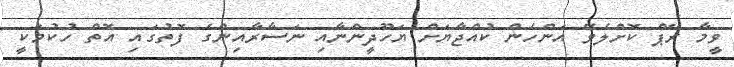
ވީމާ ރޭޕް ކޮށްލެވޭ އަންހެން ކުއްޖާޔަށް ޔަހޫދީންނާއި ނަސާރާއިންގެ ފޮތުގައި އޮތް ހުކުމަކީ